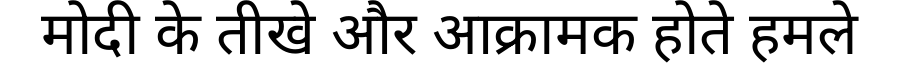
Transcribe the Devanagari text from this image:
मोदी के तीखे और आक्रामक होते हमले